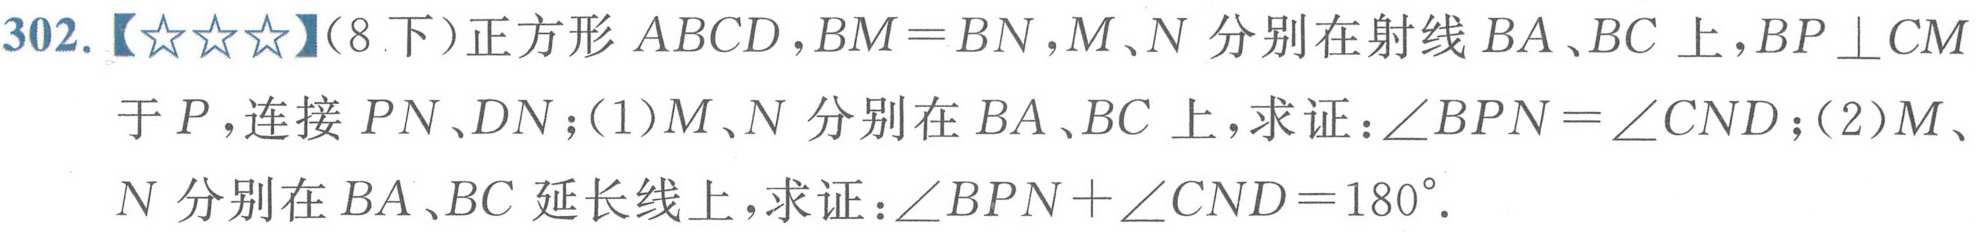
302.【★★★】（8下）正方形\(ABCD\)，\(BM = BN\)，\(M、N\)分别在射线\(BA、BC\)上，\(BP\perp CM\)
于\(P\)，连接\(PN、DN\)；(1)\(M、N\)分别在\(BA、BC\)上，求证：\(\angle BPN=\angle CND\)；(2)\(M、\)
\(N\)分别在\(BA、BC\)延长线上，求证：\(\angle BPN+\angle CND = 180^{\circ}\).